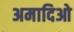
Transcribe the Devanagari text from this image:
अमादिओ